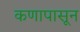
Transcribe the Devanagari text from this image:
कणापासून